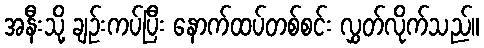
အနီးသို့ ချဉ်းကပ်ပြီး နောက်ထပ်တစ်စင်း လွှတ်လိုက်သည်။